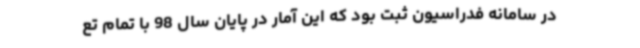
در سامانه فدراسیون ثبت بود که این آمار در پایان سال 98 با تمام تع